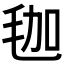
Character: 𣭋